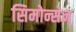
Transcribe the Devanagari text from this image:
सिमोन्सेन्